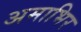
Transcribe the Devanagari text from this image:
अमाभिर